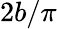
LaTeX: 2b/\pi